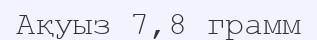
Ақуыз 7,8 грамм